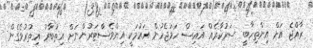
ރާއްޖެ އަށް އިންތިހާބީ ސަރުކާރެއް އައިސް ހަމަޖެހުން އައުމަކީ އިންވެސްޓަރުންނަށް އިތުބާރު އިތުރުވެގެން